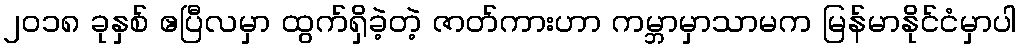
၂၀၁၈ ခုနှစ် ဧပြီလမှာ ထွက်ရှိခဲ့တဲ့ ဇာတ်ကားဟာ ကမ္ဘာမှာသာမက မြန်မာနိုင်ငံမှာပါ